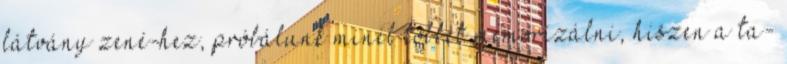
látvány zené-hez, próbálunk minél többet memorizálni, hiszen a ta-